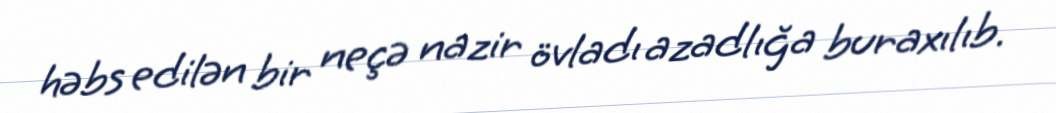
həbs edilən bir neçə nazir övladı azadlığa buraxılıb.